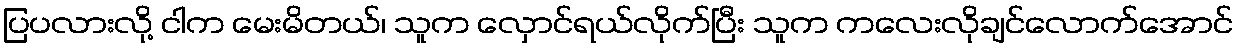
ပြပလားလို့ ငါက မေးမိတယ်၊ သူက လှောင်ရယ်လိုက်ပြီး သူက ကလေးလိုချင်လောက်အောင်